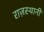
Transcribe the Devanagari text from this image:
राज़स्थानी